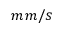
m m / s